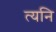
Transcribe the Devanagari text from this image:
त्यनि